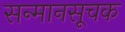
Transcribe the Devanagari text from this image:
सन्मानसूचक